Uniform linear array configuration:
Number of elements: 12
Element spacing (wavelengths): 0.25
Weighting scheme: cosine
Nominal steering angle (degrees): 45
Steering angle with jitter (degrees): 46.014
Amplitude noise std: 0.05
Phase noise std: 0.05

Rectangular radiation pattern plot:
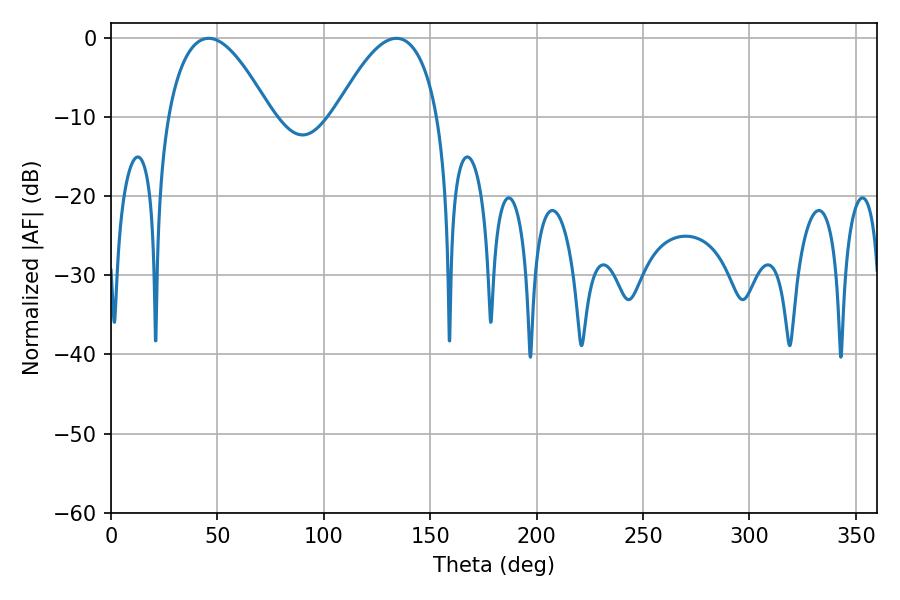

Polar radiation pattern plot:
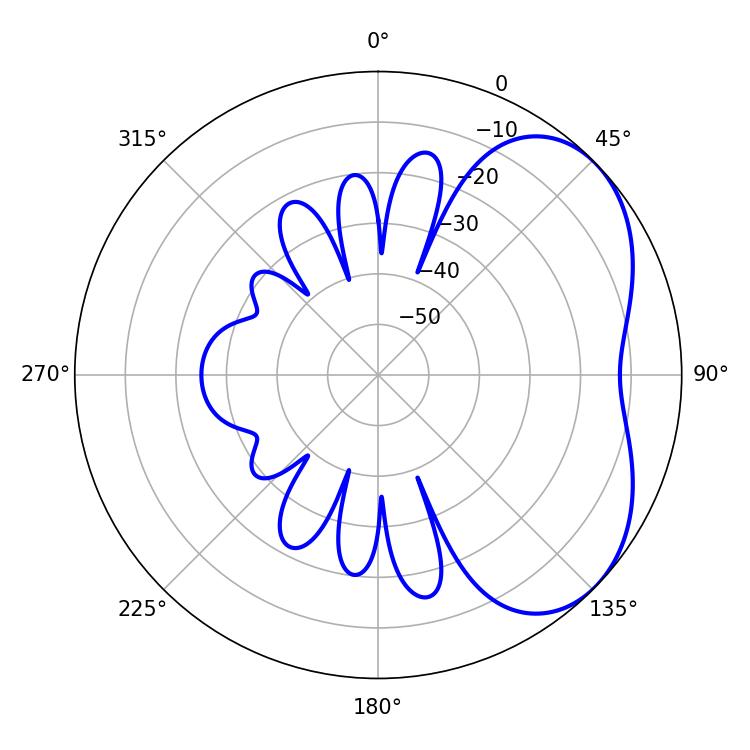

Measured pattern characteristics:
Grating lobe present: FALSE
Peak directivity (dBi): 4.206
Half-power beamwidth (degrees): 26.64
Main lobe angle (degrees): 45.9